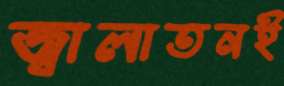
জ্বালাতনই